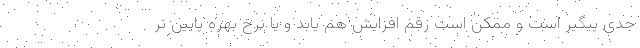
جدی پیگیر است و ممکن است رقم افزایش هم یابد و یا نرخ بهره پایین تر